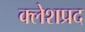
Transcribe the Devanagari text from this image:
क्लेशप्रद